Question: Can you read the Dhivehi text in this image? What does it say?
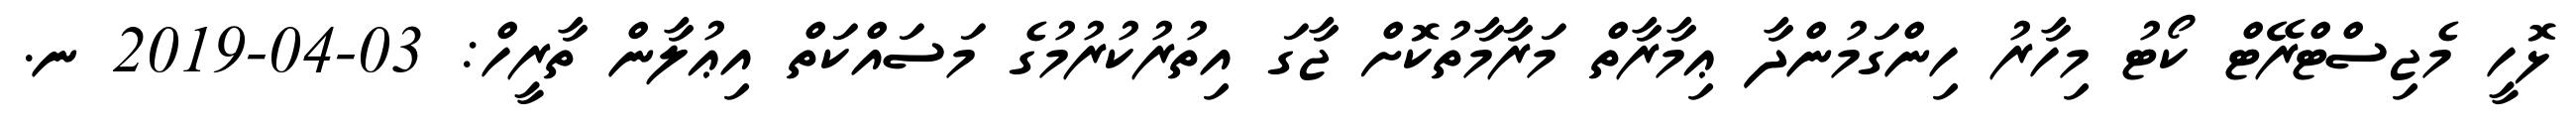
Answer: ޅޮހީ މެޖިސްޓްރޭޓް ކޯޓު މިހާރު ހިންގަމުންދާ ޢިމާރާތް މަރާމާތުކޮށް ޖާގަ އިތުރުކުރުމުގެ މަސައްކަތް އިޢުލާން ތާރީހް: 03-04-2019 ނ.